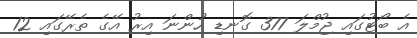
އެ ބޯޓުގައި ޖުމްލަ 377 ގޮނޑި ހުންނަ އިރު އޭގެ ތެރޭގައި 12